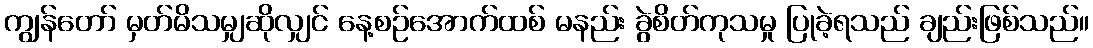
ကျွန်တော် မှတ်မိသမျှဆိုလျှင် နေ့စဉ်အောက်ထစ် မနည်း ခွဲစိတ်ကုသမှု ပြုခဲ့ရသည် ချည်းဖြစ်သည်။